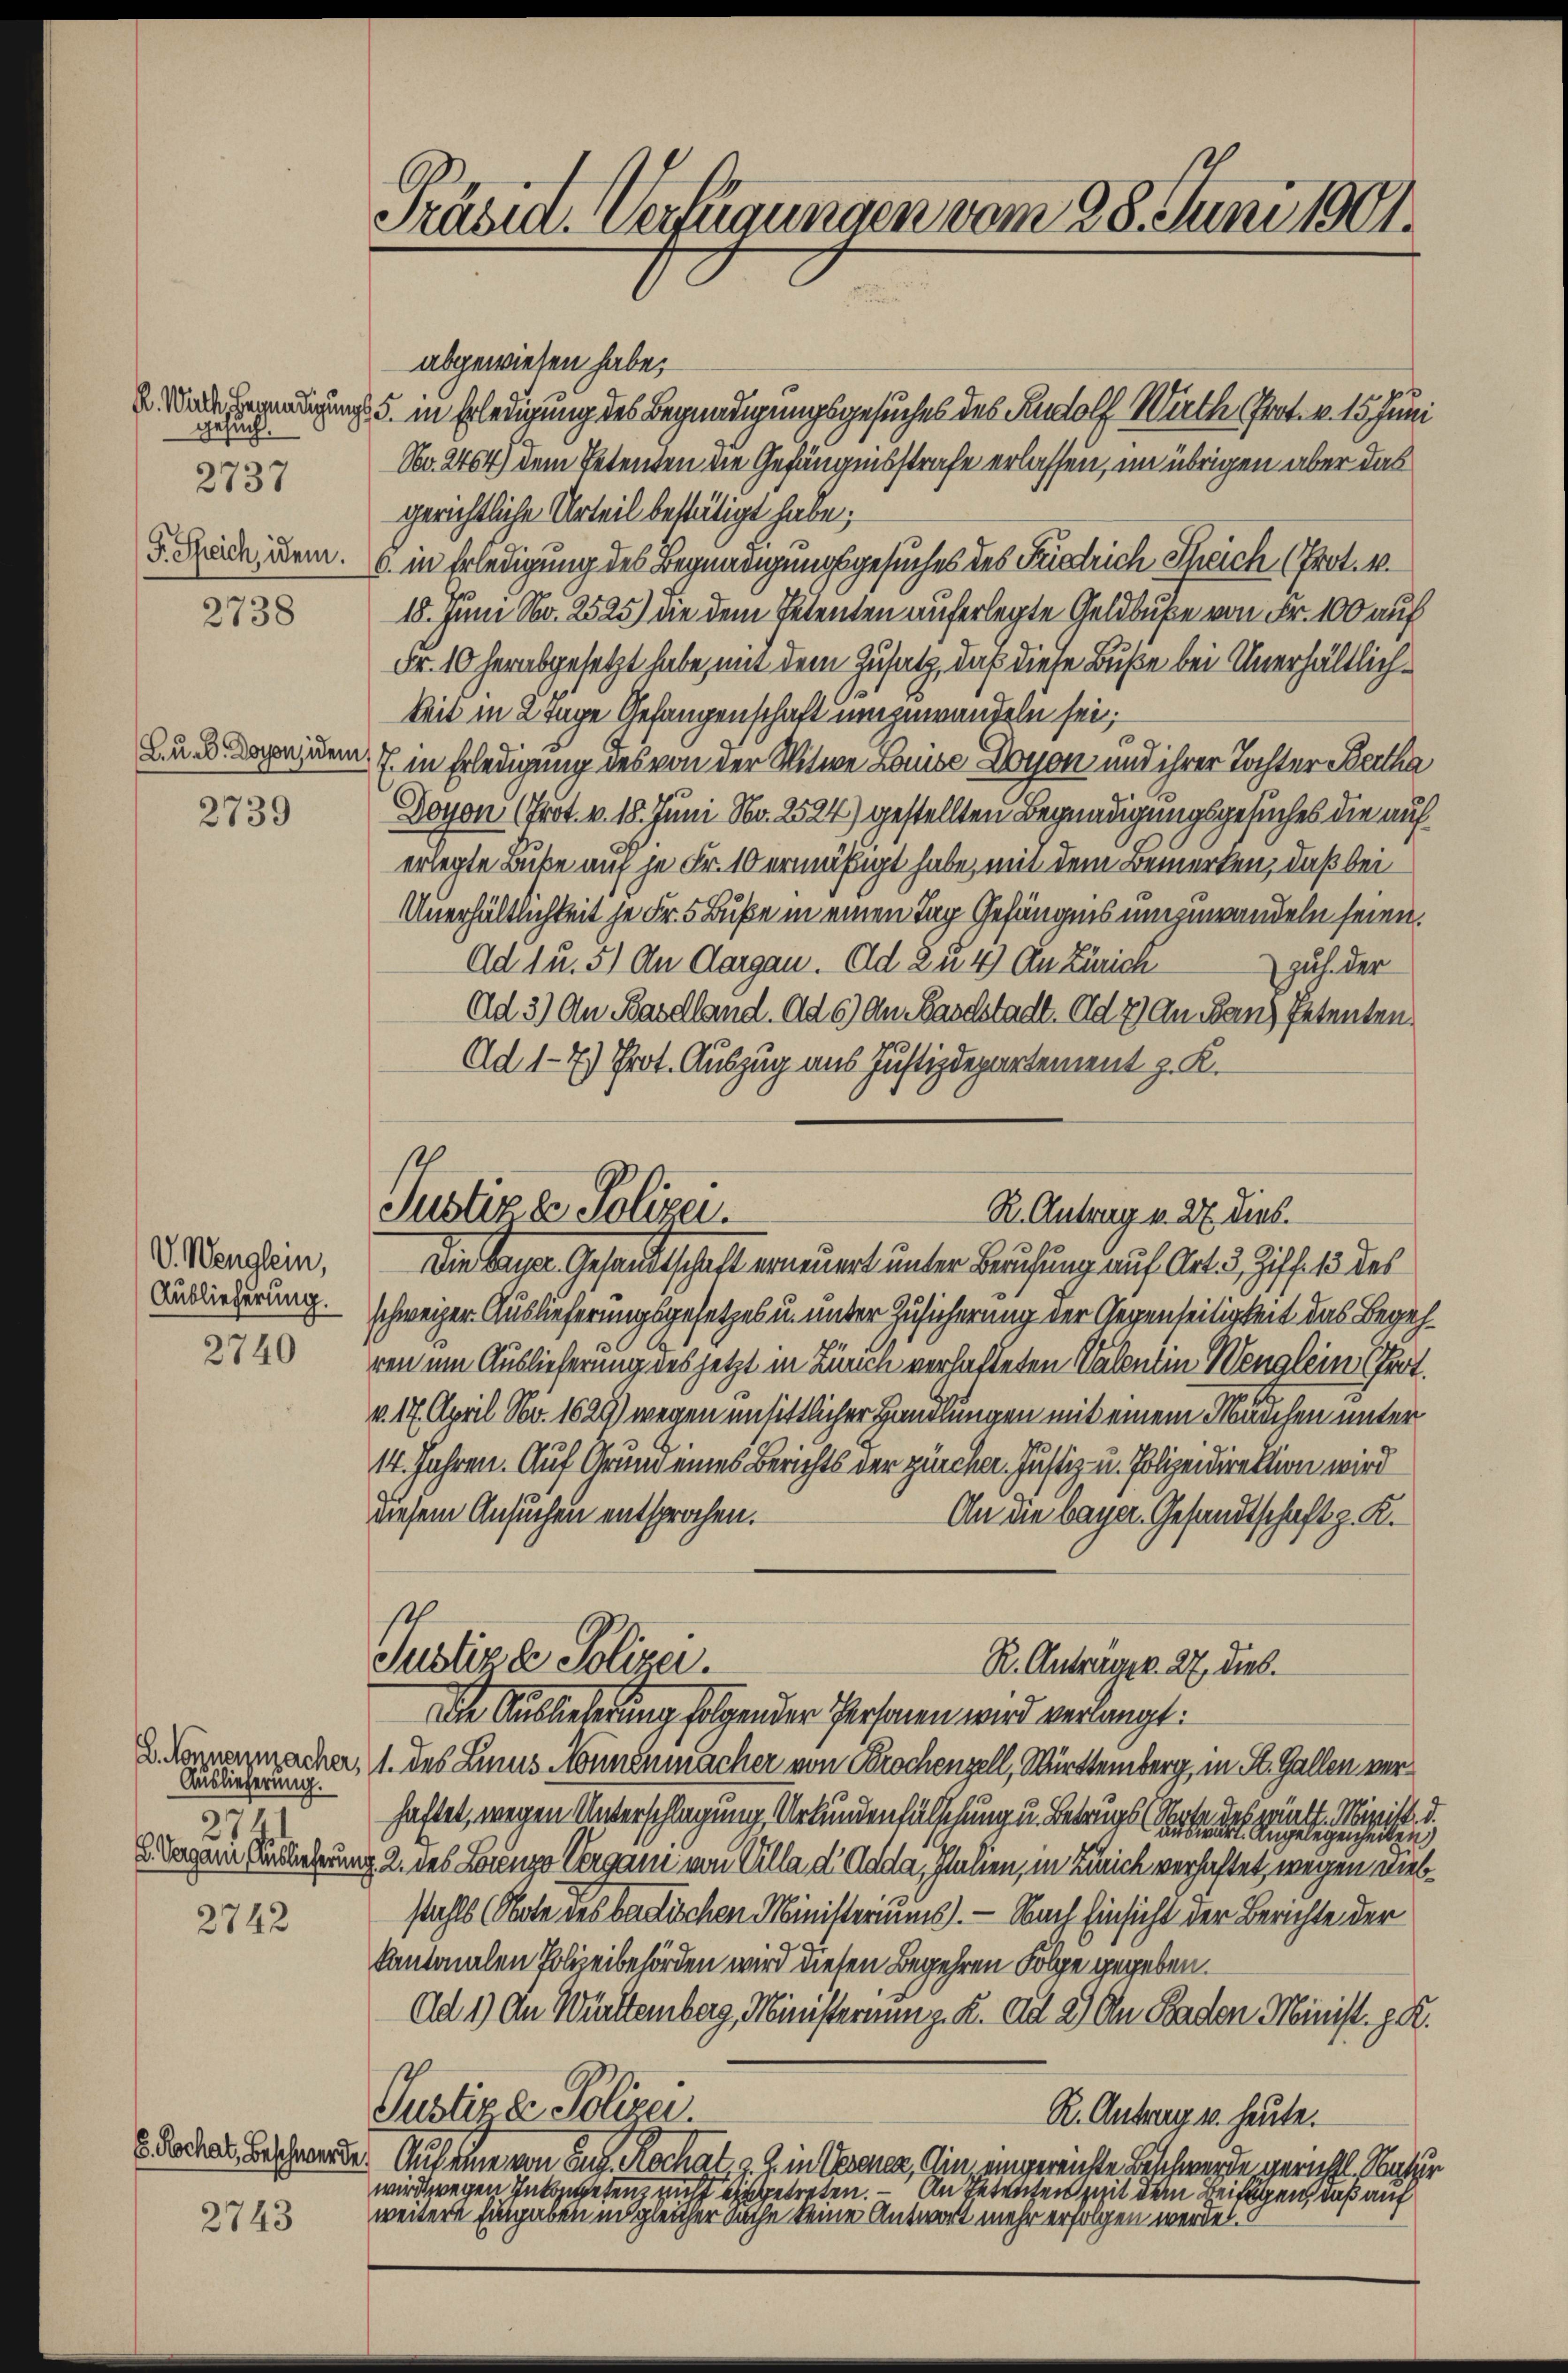
gesuch.
2737

2738

2739

V. Wenglein,
Auslieferung.
2740

D. Nonnenmacher,
Auslieferung.
271.
E. Vergann Auslieferung

2742

E. Rochat, Beschwerde

2743.

abgewiesen habe;
.Man herung d. in Erledigung des Begnadigungsgesuches des Rudolf Wirth Prot. v. 15. Juni
Nr. 2464) dem Petenten die Gefängnisstrafe erlassen, im übrigen aber das
gerichtliche Urteil bestätigt habe;
d. Reich dem 6. in Erledigung des Begnadigungsgesuches des Friedrich Speich (Prot. 4.
18. Juni Nr. 2525) die dem Petenten auferlegte Geldbuße von Fr. 100 auf
Fr. 10 herabgesetzt habe, mit dem Zusatz, daß diese Buße bei Unerhältlichkeit in 2 Tage Gefangenschaft umzuwandeln sei;
Aue. Daseinem J. in Erledigung des von der Witwe Louise Lyon und ihrer Tochter Bertha
Doyon (Prot. v. 18. Juni No. 2524) gestellten Begnadigungsgesuches die auf
erlegte Buße auf je Fr. 10 ermäßigt habe, mit dem Bemerken, daß bei
Unerhältlichkeit je Fr. 5 Buße in einen Tag Gefängnis umzuwandeln seien.
Ad 1u. 5) An Aargau. Ad 2 u 4) An Zürich
zuh. der
Ad 3) An Basdland. Ad 6) An Baselstadt. Ad 2) An dan Petenten
Ad 1-7) Prot. Auszug aus Justizdepartement z. K.

Präsid. Verfügungen vom 28. Juni 1901.

Justiz & Polizei.
R. Antrag v. 27. Dieb.

stl
Justiz & Polizei.
R. Anträger. 27. dies.

Die Besser Gesandtschaft erneuert unter Berufung auf Art. 3, Ziff. 13 des
schweizer Auslieferungsgesetzes u. unter Zusicherung der Gegenseitigkeit das Begehren um Auslieferung des jetzt in Zürich verhafteten Valentin Wenglein Prot.
v. 17. April Nr. 1629) wegen unsittlicher Handlungen mit einem Mädchen unter
14. Jahren. Auf Grund eines Berichts der zürcher. Justiz- u. Polizeidirektion wird
diesem Ansuchen entsprochen.
An die bayer. Gesandtschaft z. K.
Die Auslieferung folgender Personen wird verlangt:
1. des Linus Nonnenmacher von Brochenzell, Württemberg, in St. Gallen verdes württ. Minist. d.
haftet, wegen Unterschlagung, Urkundenfälschung u. Betrugs gelegenheit
2. des Lorenzo Vergan von Villa d Adda, Italien, in Zürich verhaftet, wegen nebstahls (Obote des badischen Ministeriums. — Nach Einsicht der Berichte der
kantonalen Polizeibehörden wird diesen Begehren Folge gegeben.
Ad 1) An Württemberg, Ministernung. K. Ad 2) An Baden Minist. p.
Justizen Polizei.
R. Antrag u. heute.
Auf eine von Zug Rochat, z. Z. in Verenen, ein, eingereichte Beschwerde gericht. Natur
wird wegen Inkompetenz mit eingetreten. – An Petenten mit dem Beifügen, daß auf
weitere Eingaben in gleicher Sache keine Antwort mehr erfolgen werden.